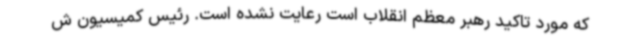
که مورد تاکید رهبر معظم انقلاب است رعایت نشده است. رئیس کمیسیون ش